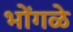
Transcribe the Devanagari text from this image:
भोंगळे